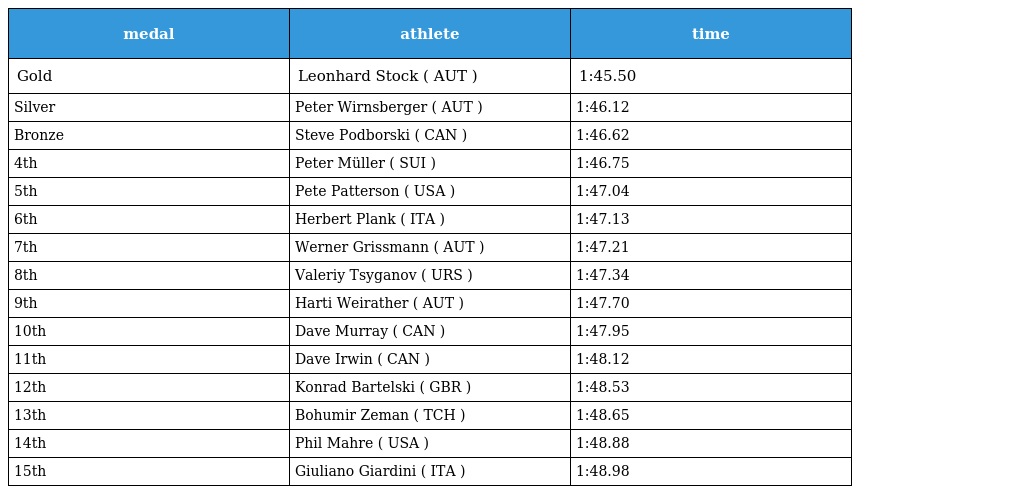
| medal | athlete | time |
 | --- | --- | --- |
 | Gold | Leonhard Stock ( AUT ) | 1:45.50 |
 | Silver | Peter Wirnsberger ( AUT ) | 1:46.12 |
 | Bronze | Steve Podborski ( CAN ) | 1:46.62 |
 | 4th | Peter Müller ( SUI ) | 1:46.75 |
 | 5th | Pete Patterson ( USA ) | 1:47.04 |
 | 6th | Herbert Plank ( ITA ) | 1:47.13 |
 | 7th | Werner Grissmann ( AUT ) | 1:47.21 |
 | 8th | Valeriy Tsyganov ( URS ) | 1:47.34 |
 | 9th | Harti Weirather ( AUT ) | 1:47.70 |
 | 10th | Dave Murray ( CAN ) | 1:47.95 |
 | 11th | Dave Irwin ( CAN ) | 1:48.12 |
 | 12th | Konrad Bartelski ( GBR ) | 1:48.53 |
 | 13th | Bohumir Zeman ( TCH ) | 1:48.65 |
 | 14th | Phil Mahre ( USA ) | 1:48.88 |
 | 15th | Giuliano Giardini ( ITA ) | 1:48.98 |